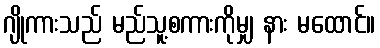
ဂျိုကားသည် မည်သူ့စကားကိုမျှ နား မထောင်။